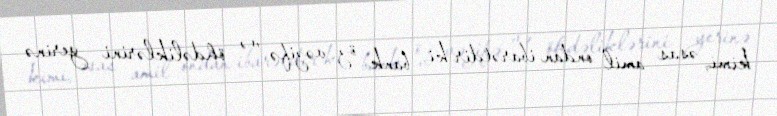
kimi, əsas amil ondan ibarətdir ki, bank öz vəzifə və öhdəliklərini yerinə